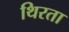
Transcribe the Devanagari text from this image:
थिरता